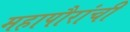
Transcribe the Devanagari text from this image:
महापौरांची